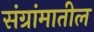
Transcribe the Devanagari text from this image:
संग्रांमातील